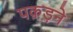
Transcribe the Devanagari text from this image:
पक़ड़ने